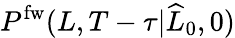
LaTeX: P^{\mathrm{fw}}(L,T-\tau|\widehat{L}_{0},0)